Lunatic asylums in Bengal annual reports 1912-1924 - 1912-1924
Year: 1912
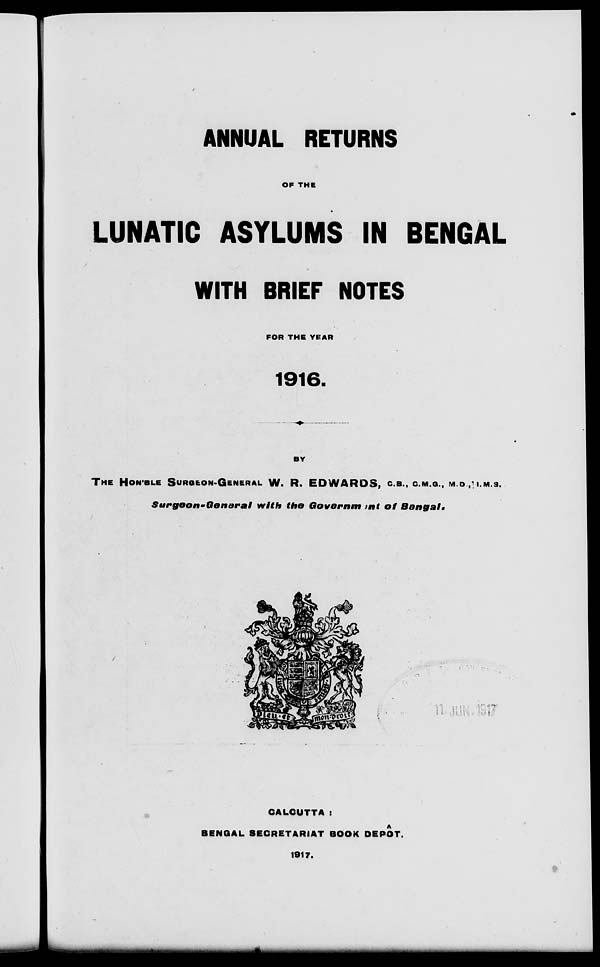
ANNUAL RETURNS
OF THE
LUNATIC ASYLUMS IN BENGAL
WITH BRIEF NOTES
FOR THE YEAR
1916.
BY
THE HON'BLE SURGEON-GENERAL W. R. EDWARDS, C.B., C.M.G., M.D., I.M.S.
Surgeon-General
with the Government
of
Bengal.
CALCUTTA :
BENGAL SECRETARIAT BOOK DEPÔT.
1917.